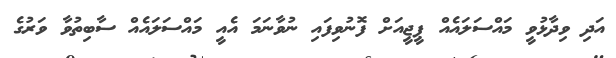
އަދި ވިދާޅުވީ މައްސަލައެއް ޕީޖީއަށް ފޮނުވިފައި ނުވާނަމަ އެއީ މައްސަލައެއް ސާބިތުވާ ވަރުގެ